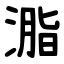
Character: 㴯